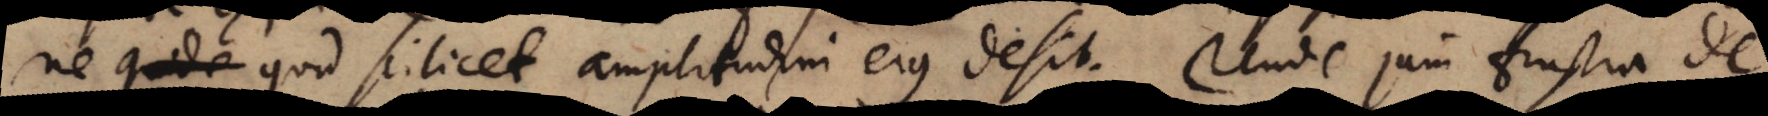
quid scilicet amplitudini ejus desit. Unde jam frustra de